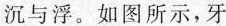
沉与浮。如图所示，牙